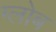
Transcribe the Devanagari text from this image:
ग्‍लोब